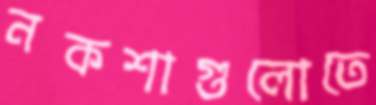
নকশাগুলোতে